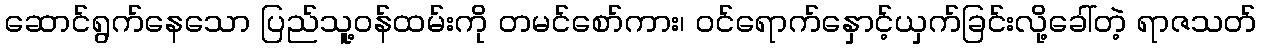
ဆောင်ရွက်နေသော ပြည်သူ့ဝန်ထမ်းကို တမင်စော်ကား၊ ဝင်ရောက်နှောင့်ယှက်ခြင်းလို့ခေါ်တဲ့ ရာဇသတ်